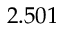
2 . 5 0 1